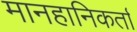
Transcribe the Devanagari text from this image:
मानहानिकर्ता